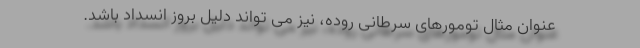
عنوان مثال تومورهای سرطانی روده، نیز می تواند دلیل بروز انسداد باشد.